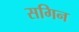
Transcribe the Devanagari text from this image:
सगिन